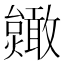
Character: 𫿥